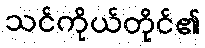
သင်ကိုယ်တိုင်၏